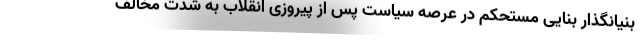
بنیانگذار بنایی مستحکم در عرصه سیاست پس از پیروزی انقلاب به شدت مخالف